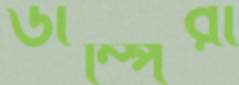
ডাম্পিরা